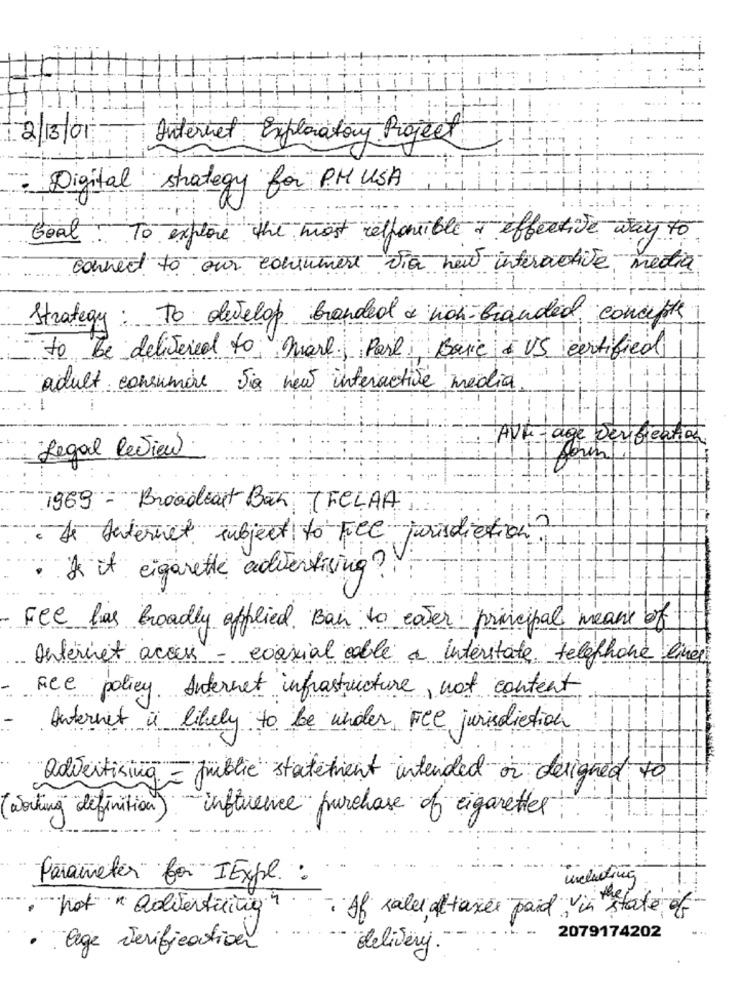
12/13/01
Internet Exploratory Project
: Digital strategy for PH USA
Goal . To explore the most responsible + effective way to
connect to our consumer via neut interactive media
Strategy: To develop branded a non-branded concepte
to be delivered to; mare. Pare Boue US certified
adult consumère Sie veut interactive media
-
AUF- age verification
Legal Review
7969 - Broadcast Ban TECLAA
. De Internet subject to Fee jurisdiction.
. I it cigarette advertising ?!
Fee has broadly applied. Ban to cater principal means of
Internet access - coaxial cable a interstate téléphone linen
ace policy. Internet infrastructure, not content
Internet is likely to be under Fee jurisdiction
advertising = public statetient intended or designed to
(Working "definition)
influence purchase of cigarettes:
Parameter for IExpl :
including
· hot "aditenticing"
. If saler altaxes paid in state of
delivery. -
2079174202
· age verification